Indian journal of veterinary science and animal husbandry - Volume 11,
Year: 1941
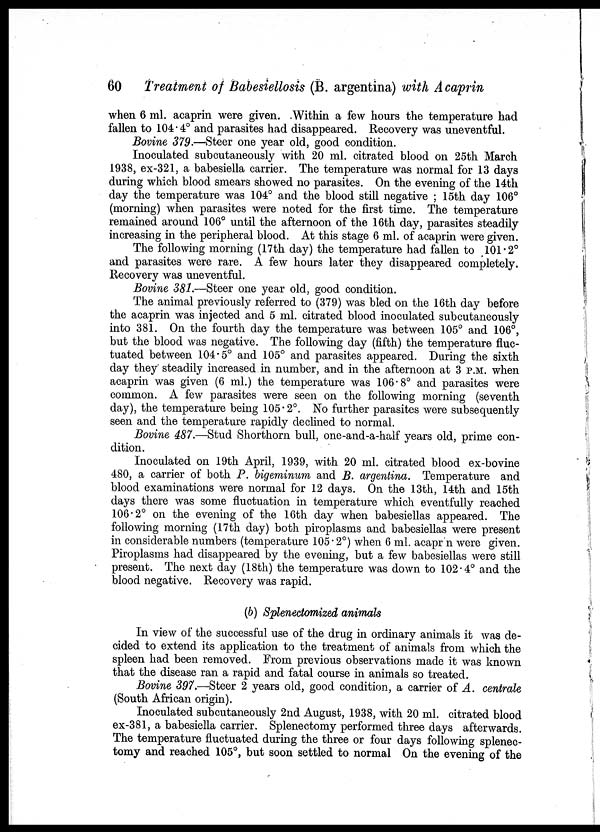
60
Treatment of Babesiellosis (B. argentina) with Acaprin
when 6 ml. acaprin were given. Within a few hours the temperature had
fallen to 104.4° and parasites had disappeared. Recovery was uneventful.
Bovine 379. —Steer one year old, good condition.
Inoculated subcutaneously with 20 ml. citrated blood on 25th March
1938, ex-321, a babesiella carrier. The temperature was normal for 13 days
during which blood smears showed no parasites. On the evening of the 14th
day the temperature was 104° and the blood still negative ; 15th day 106°
(morning) when parasites were noted for the first time. The temperature
remained around 106° until the afternoon of the 16th day, parasites steadily
increasing in the peripheral blood. At this stage 6 ml. of acaprin were given.
The following morning (17th day) the temperature had fallen to 101.2°
and parasites were rare. A few hours later they disappeared completely.
Recovery was uneventful.
Bovine 381. —Steer one year old, good condition.
The animal previously referred to (379) was bled on the 16th day before
the acaprin was injected and 5 ml. citrated blood inoculated subcutaneously
into 381. On the fourth day the temperature was between 105° and 106°,
but the blood was negative. The following day (fifth) the temperature fluc-
tuated between 104.5° and 105° and parasites appeared. During the sixth
day they steadily increased in number, and in the afternoon at 3 P. M. when
acaprin was given (6 ml. ) the temperature was 106.8° and parasites were
common. A few parasites were seen on the following morning (seventh
day), the temperature being 105.2°. No further parasites were subsequently
seen and the temperature rapidly declined to normal.
Bovine 487. —Stud Shorthorn bull, one-and-a-half years old, prime con-
dition.
Inoculated on 19th April, 1939, with 20 ml. citrated blood ex-bovine
480, a carrier of both P. bigeminum and B. argentina. Temperature and
blood examinations were normal for 12 days. On the 13th, 14th and 15th
days there was some fluctuation in temperature which eventfully reached
106.2° on the evening of the 16th day when babesiellas appeared. The
following morning (17th day) both piroplasms and babesiellas were present
in considerable numbers (temperature 105.2°) when 6 ml. acapr n were given.
Piroplasms had disappeared by the evening, but a few babesiellas were still
present. The next day (18th) the temperature was down to 102.4° and the
blood negative. Recovery was rapid.
(b) Splenectomized animals
In view of the successful use of the drug in ordinary animals it was de-
cided to extend its application to the treatment of animals from which the
spleen had been removed. From previous observations made it was known
that the disease ran a rapid and fatal course in animals so treated.
Bovine 397. —Steer 2 years old, good condition, a carrier of A. centrale
(South African origin).
Inoculated subcutaneously 2nd August, 1938, with 20 ml. citrated blood
ex-381, a babesiella carrier. Splenectomy performed three days afterwards.
The temperature fluctuated during the three or four days following splenec-
tomy and reached 105°, but soon settled to normal On the evening of the